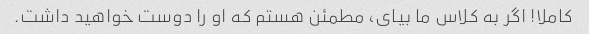
کاملا! اگر به کلاس ما بیای، مطمئن هستم که او را دوست خواهید داشت.